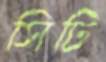
সিটি